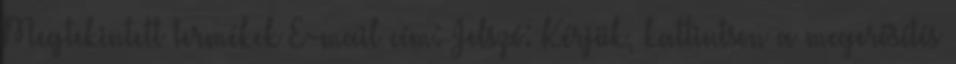
Megtekintett termékek E-mail cím: Jelszó: Kérjük, kattintson a megerősítés